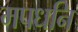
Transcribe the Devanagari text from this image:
मपधनि